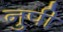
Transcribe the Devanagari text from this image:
नुपी